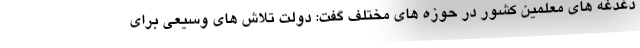
دغدغه های معلمین کشور در حوزه های مختلف گفت: دولت تلاش های وسیعی برای